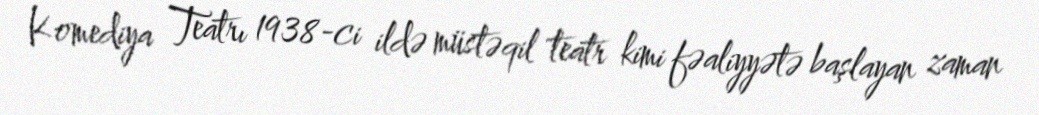
Komediya Teatrı 1938-ci ildə müstəqil teatr kimi fəaliyyətə başlayan zaman